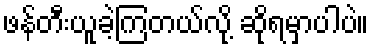
ဖန်တီးယူခဲ့ကြတယ်လို့ ဆိုရမှာပါပဲ။